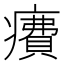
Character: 𤺕